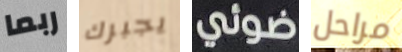
ربما يجبرك ضوئي مراحل